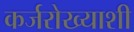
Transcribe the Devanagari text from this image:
कर्जरोख्याशी